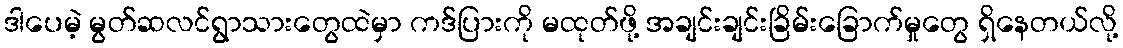
ဒါပေမဲ့ မွတ်ဆလင်ရွာသားတွေထဲမှာ ကဒ်ပြားကို မထုတ်ဖို့ အချင်းချင်းခြိမ်းခြောက်မှုတွေ ရှိနေတယ်လို့